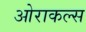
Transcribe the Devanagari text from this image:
ओराकल्स